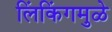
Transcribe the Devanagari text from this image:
लिंकिंगमुळे